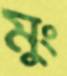
মুং